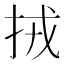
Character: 𢫨